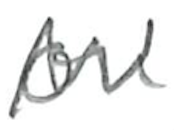
Text: on
Cross-out: zig-zag
Writing tool: pencil